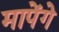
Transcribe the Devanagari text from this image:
मापेंगे